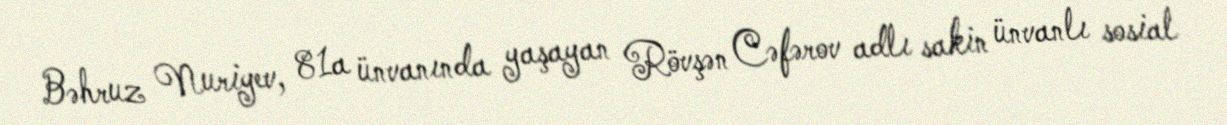
Bəhruz Nuriyev, 81a ünvanında yaşayan Rövşən Cəfərov adlı sakin ünvanlı sosial